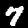
Digit: 7